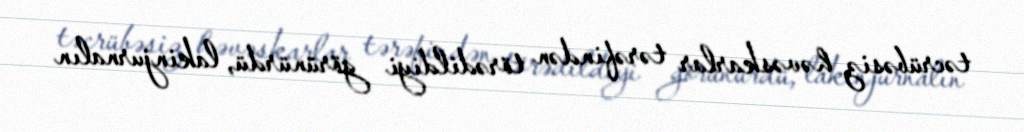
təcrübəsiz həvəskarlar tərəfindən törədildiyi görünürdü, lakinjurnalın